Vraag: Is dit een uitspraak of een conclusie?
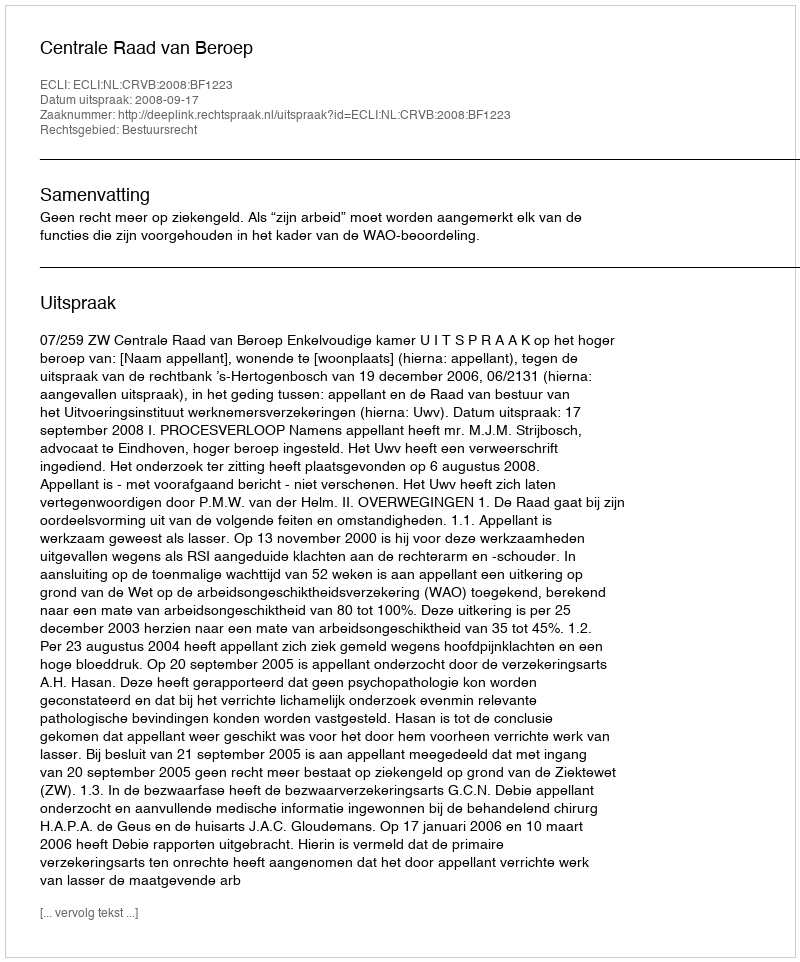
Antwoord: Uitspraak